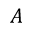
A